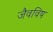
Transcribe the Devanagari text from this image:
जैवविष